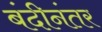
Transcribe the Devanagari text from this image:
बंदीनंतर